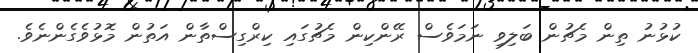
ކުޅުނު ތިން މެޗުން ބަލިވި ނަމަވެސް ރޭންކިން މެޗުގައި ކިރްގިސްތާން އަތުން މޮޅުވެގެންނެވެ.